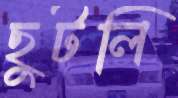
ছুটলি